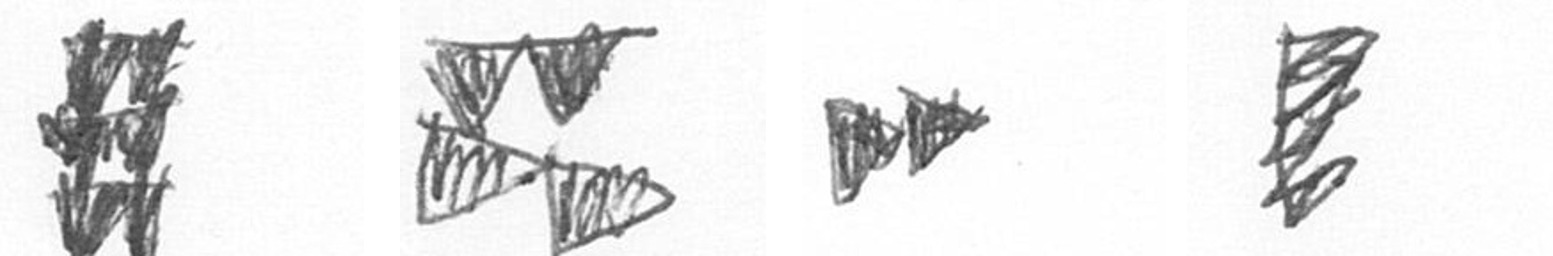
Y B A H